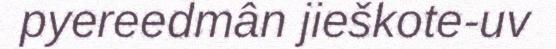
pyereedmân jieškote-uv